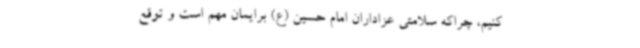
کنیم، چراکه سلامتی عزاداران امام حسین (ع) برایمان مهم است و توقع